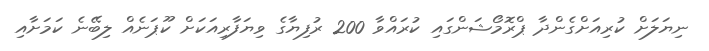
ނިޔަލަށް ކުރިއަށްގެންދާ ޕްރޮމޯޝަންގައި ކުރައްވާ 200 ރުފިޔާގެ ވިޔަފާރިއަކަށް ކޫޕަނެއް ލިބޭނެ ކަމަށާއި